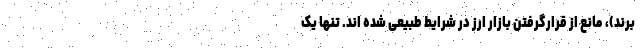
برند)، مانع از قرارگرفتن بازار ارز در شرایط طبیعی شده اند. تنها یک